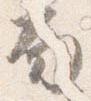
面